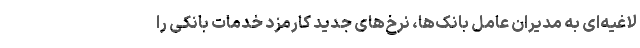
لاغیه‌ای به مدیران عامل بانک‌ها، نرخ‌های جدید کارمزد خدمات بانکی را